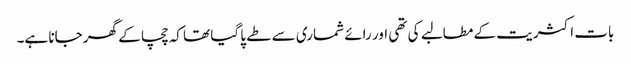
بات اکثریت کے مطالبے کی تھی اور رائے شماری سے طے پا گیا تھا کہ چچا کے گھر جانا ہے۔